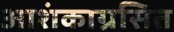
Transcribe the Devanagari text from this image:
आशंकाग्रसित